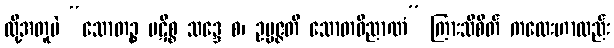
ထို့အတူပဲ “သောတဉ္စ ပဋိစ္စ သဒ္ဒေ စ၊ ဥပ္ပဇ္ဇတိ သောတဝိညာဏံ” ကြားသိစိတ် ကလေးဟာလည်း